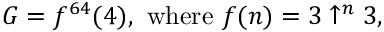
G = f ^ { 6 4 } ( 4 ) , { \mathrm { ~ w h e r e ~ } } f ( n ) = 3 \uparrow ^ { n } 3 ,